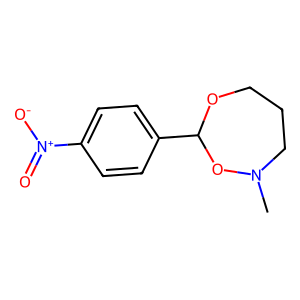
SMILES: CN1CCCOC(c2ccc([N+](=O)[O-])cc2)O1
Inhibits HIV replication: No